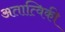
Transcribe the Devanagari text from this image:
अतात्विकी